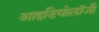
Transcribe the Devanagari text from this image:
आइडियोलॉजी